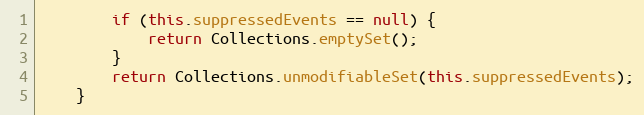
Language: Java
        if (this.suppressedEvents == null) {
            return Collections.emptySet();
        }
        return Collections.unmodifiableSet(this.suppressedEvents);
    }